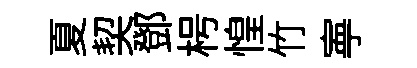
夏契鄧枵惶竹寕